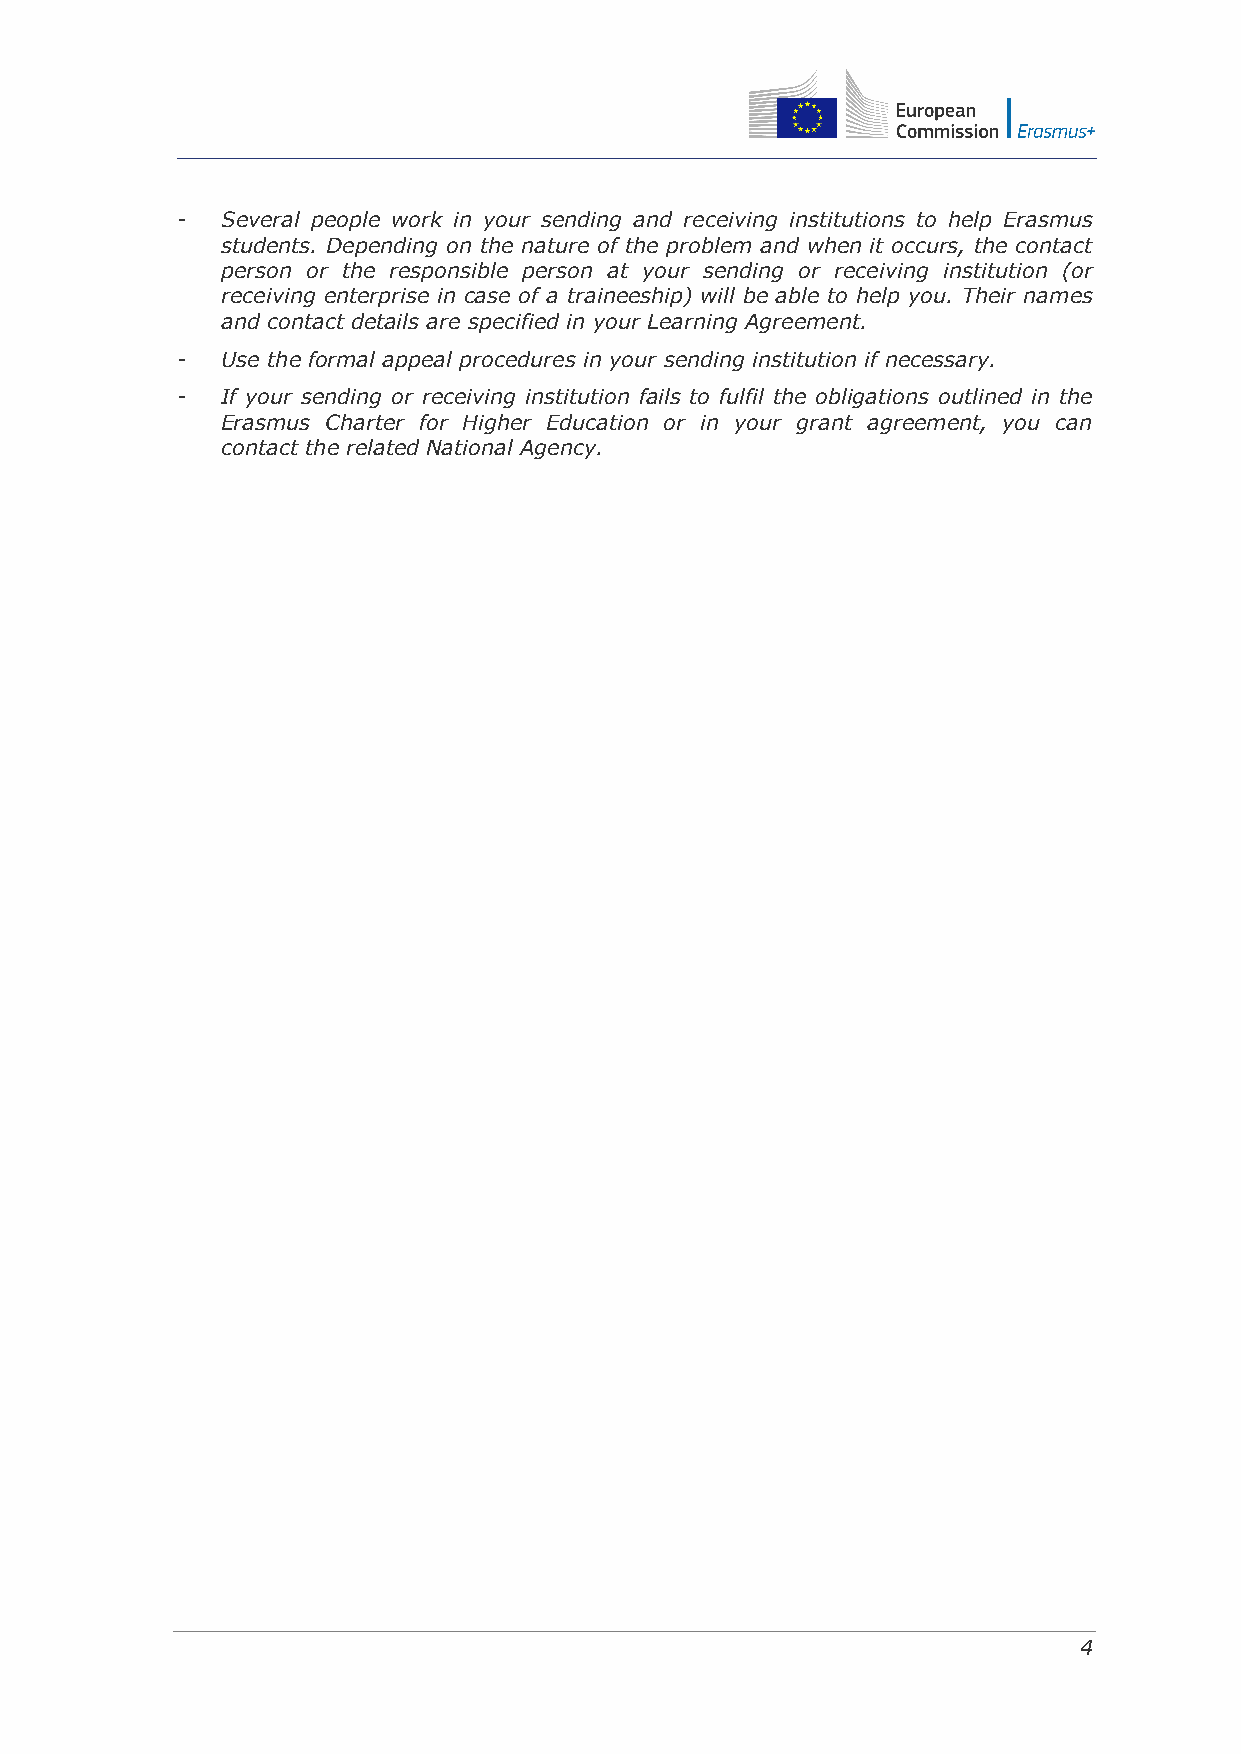
-  Several people work in your sending and receiving institutions to help Erasmus
 students. Depending on the nature of the problem and when it occurs, the contact
 person or the responsible person at your sending or receiving institution (or
 receiving enterprise in case of a traineeship) will be able to help you. Their names
 and contact details are specified in your Learning Agreement.
 -  Use the formal appeal procedures in your sending institution if necessary.
 -  If your sending or receiving institution fails to fulfil the obligations outlined in the
 Erasmus Charter for Higher Education or in your grant agreement, you can
 contact the related National Agency.
 4